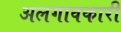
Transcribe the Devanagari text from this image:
अलगावकारी